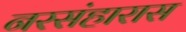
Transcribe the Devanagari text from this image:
नरसंहारास